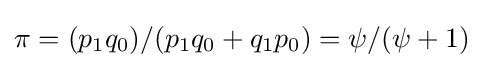
\pi =(p_{1}q_{0})/(p_{1}q_{0}+q_{1}p_{0})=\psi /(\psi +1)